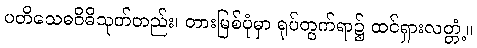
ပတိသေဓဝိဓိသုတ်တည်း၊ တားမြစ်ပုံမှာ ရုပ်တွက်ရာ၌ ထင်ရှားလတ္တံ့။